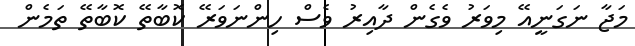
މަޖާ ނަގަނީއޭ މިވަރު ވެގެން ދާއިރު ވެސް ހިންނަވަރޭ ކޮބާތޭ ކޮބާތޭ ތަމެން